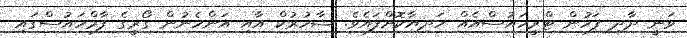
ވަނީ ދާދި ފަހުން ޓްރީހައުސްއެއް ހަދިޔާކޮށްފައެވެ. ޝާހުރުކް އާއި އަންހެނުން ގޯރީގެ ފާމްހައުސްގައި